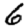
Digit: 6